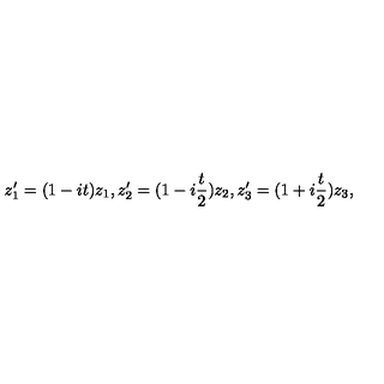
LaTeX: z _ { 1 } ^ { \prime } = ( 1 - i t ) z _ { 1 } , z _ { 2 } ^ { \prime } = ( 1 - i \frac { t } { 2 } ) z _ { 2 } , z _ { 3 } ^ { \prime } = ( 1 + i \frac { t } { 2 } ) z _ { 3 } ,